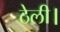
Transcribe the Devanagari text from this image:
ठेली।